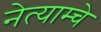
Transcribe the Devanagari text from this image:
नेत्याम्चे